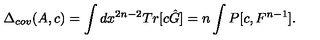
\Delta _ { c o v } ( A , c ) = \int d x ^ { 2 n - 2 } T r [ c \hat { G } ] = n \int P [ c , F ^ { n - 1 } ] .